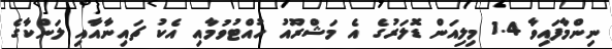
ނިންމާފައިވާ 1.4 މިލިއަން ޑޮލަރުގެ އެ މަޝްރޫއު ހުއްޓުވުމާއި އެކު ޗައިނާއާއި ލަންކާގެ